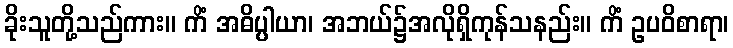
ခိုးသူတို့သည်ကား။ ကိံ အဓိပ္ပါယာ၊ အဘယ်၌အလိုရှိကုန်သနည်း။ ကိံ ဥပဝိစာရာ၊